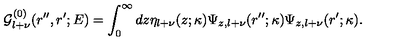
{ \mathcal G } _ { l + \nu } ^ { ( 0 ) } ( r ^ { \prime \prime } , r ^ { \prime } ; E ) = \int _ { 0 } ^ { \infty } d z \eta _ { l + \nu } ( z ; \kappa ) \Psi _ { z , l + \nu } ( r ^ { \prime \prime } ; \kappa ) \Psi _ { z , l + \nu } ( r ^ { \prime } ; \kappa ) .